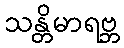
သန္တိမာရဗ္ဘ